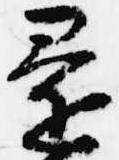
還